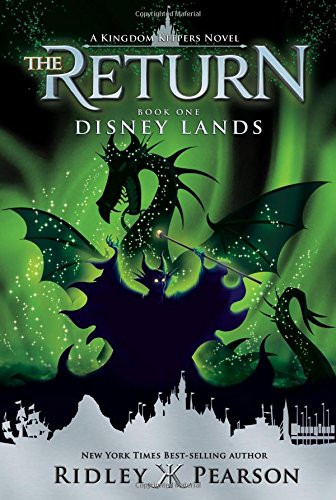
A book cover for Kingdom Keepers: The Return Book One Disney Lands; Ridley Pearson; Children's Books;